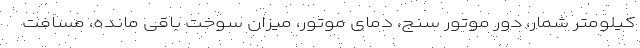
کیلومتر شمار، دور موتور سنج، دمای موتور، میزان سوخت باقی مانده، مسافت